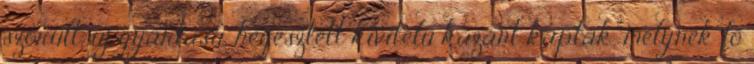
szorult, új gyártású, hegesztett kivitelű kazánt kaptak, melynek fő